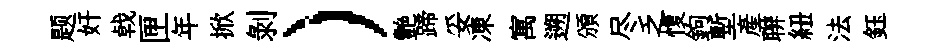
题奸㦸匣年掀剝）艷蹄妥凍寓遡頒尽乏愎鉤塹產聨紐法鈺